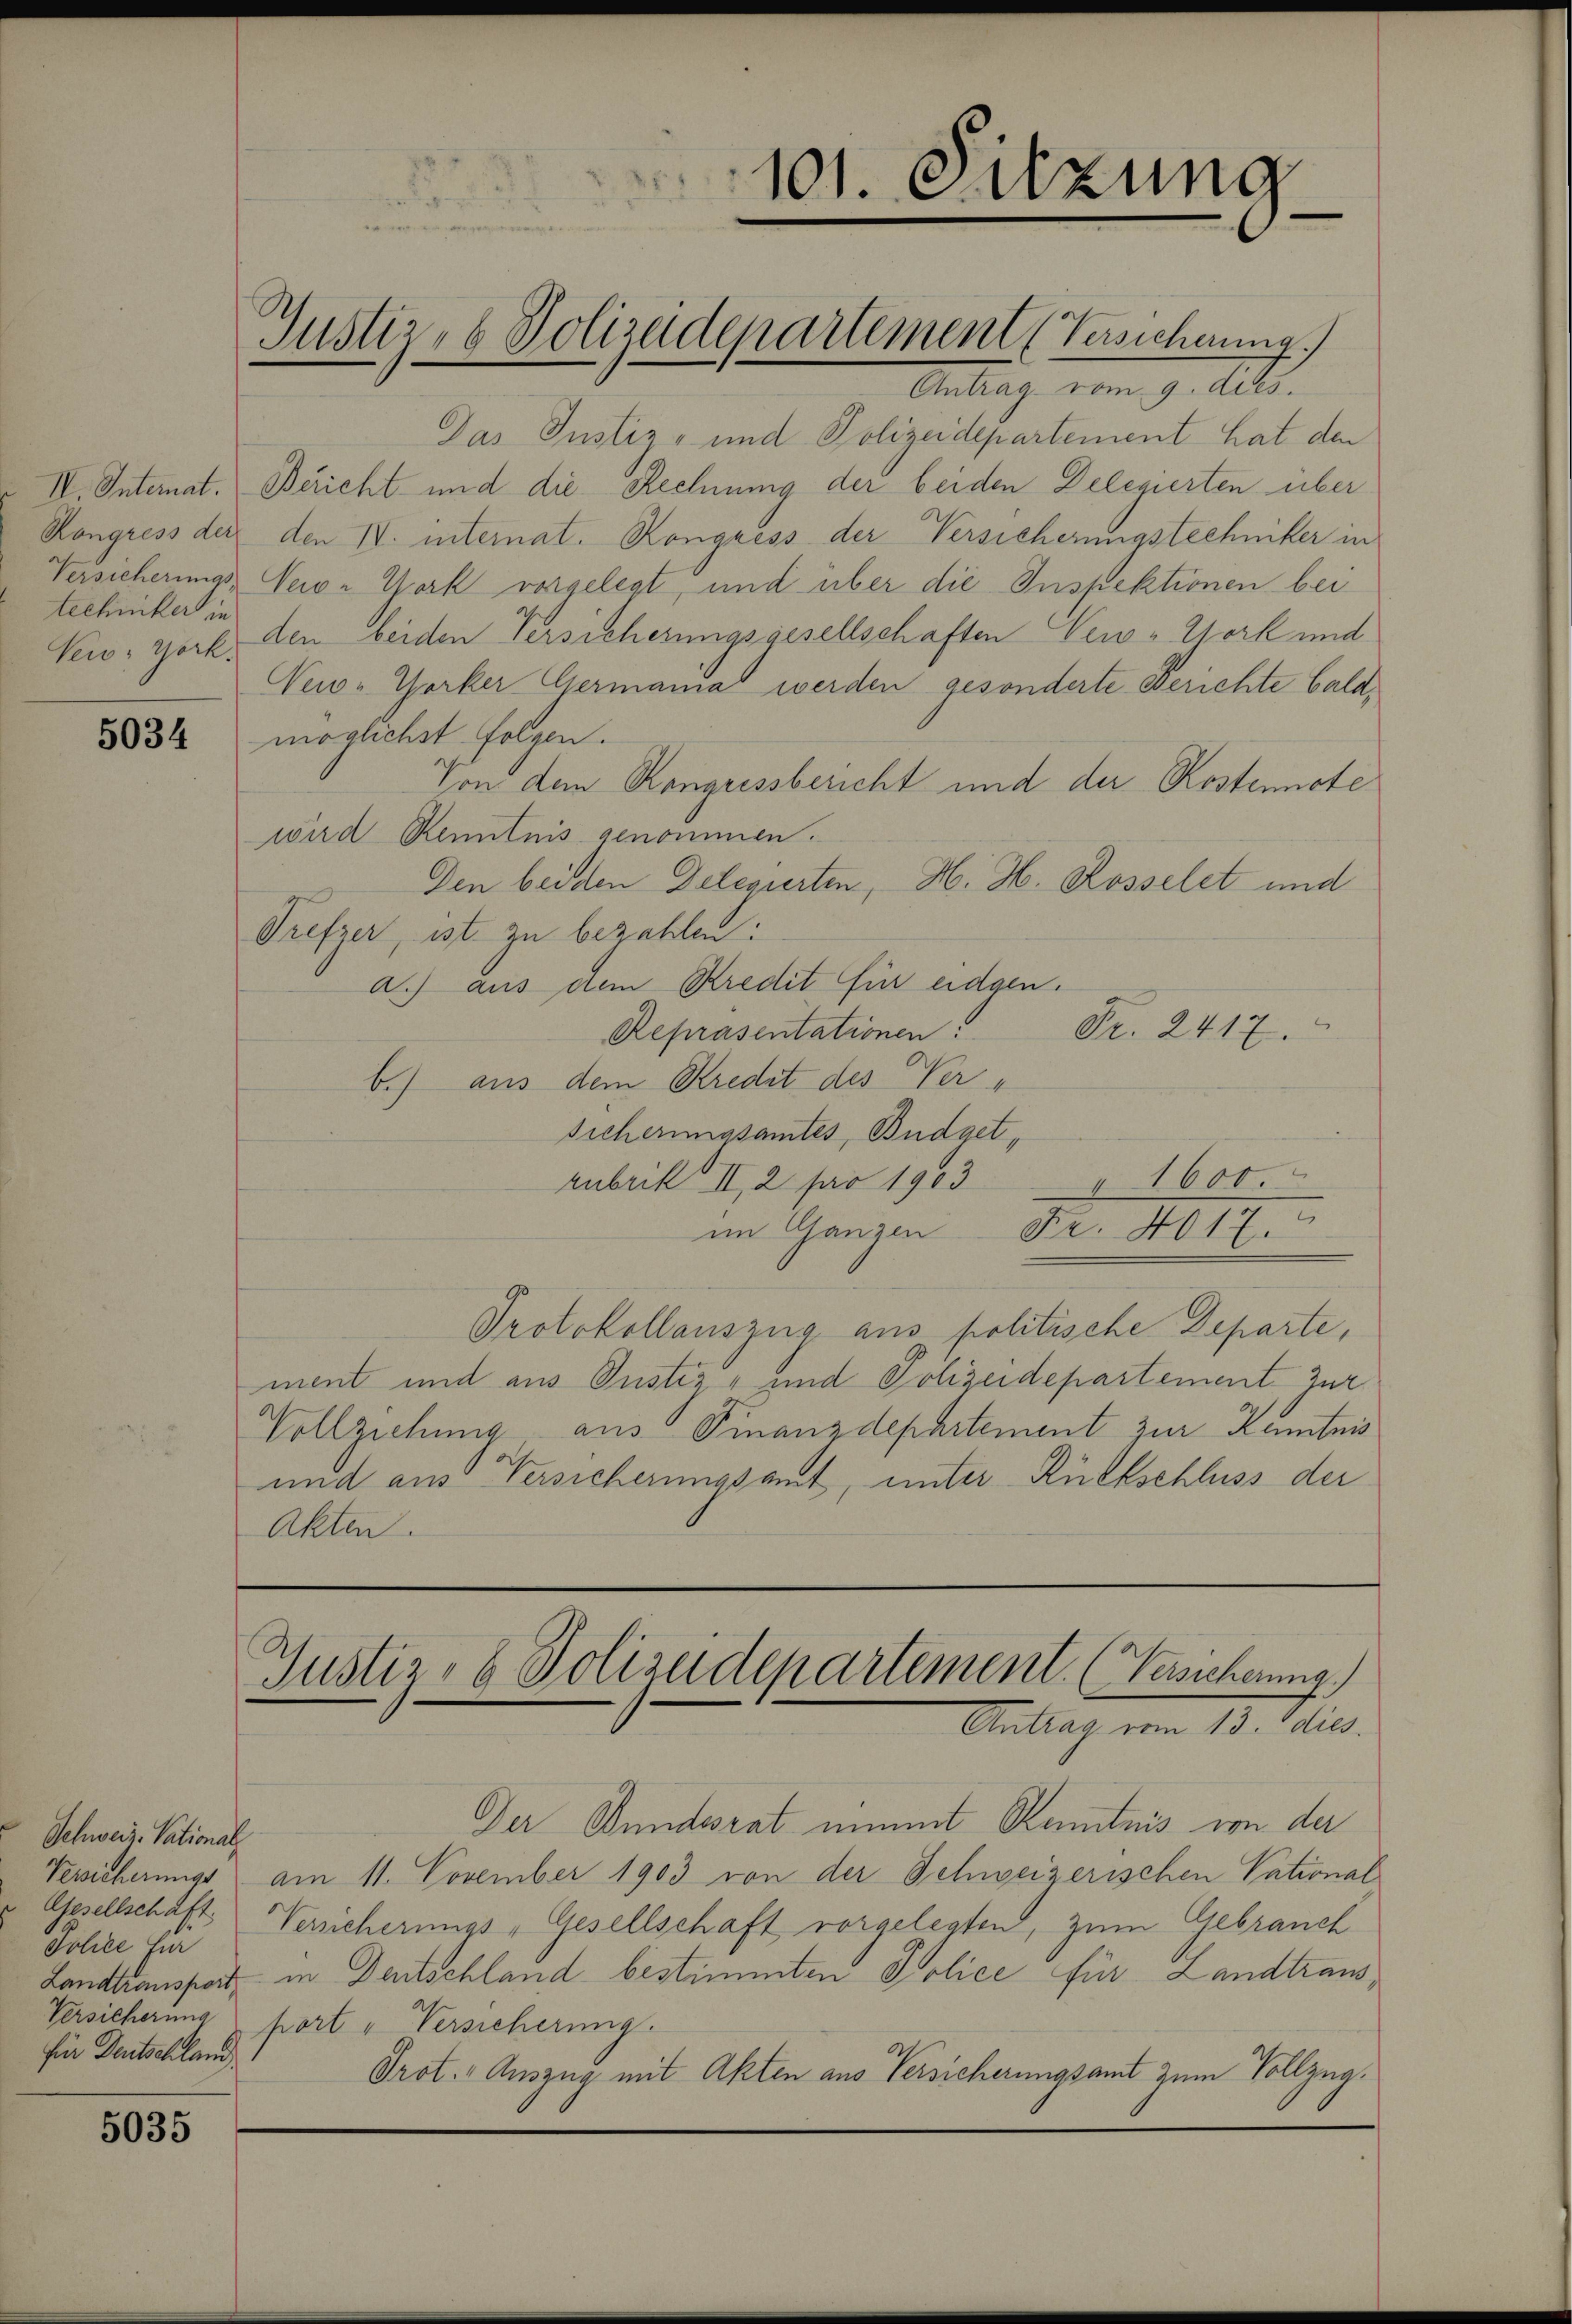
techniker in

5034

Schweiz. Pational
Police für
Versicherung
für Deutschland

5035

Antrag vom 9. Abs.
Das Justiz- und Polizeidepartement hat den
IV. Internat. Bericht und die Rechnung der beiden Delegierten über
Kongress der den IV. internat. Kongress der Versicherungstechniker in
Versicherungs eio- York vorgelegt, und über die Inspektionen bei
Veis, Gork, den beiden Versicherungsgesellschaften New-York und
Neio-Yorker Germanna werden gesonderte Berichte baldmöglichst folgen.
Von dem Rongussbericht und der Kostennote
wird Renntnis genommen.
Den beiden Delegierten, H. H. Rosselet und
Prefzer, ist zu bezahlen:
a.) aus dem Kredit für eidgen.
Fr. 2417.
Repräsentationen.
b.) aus dem Kredit des Ver-
sicherungsamtes, Budgetrubrik II, 2 pro 1903
1600.
im Ganzen Fr. 4017.
Protokollauszug aus politische Departe,
ment und aus Justiz- und Polizeidepartement zur
Vollziehung aus Finanzdepartement zur Kenntnis
und aus Versicherungsamt, unter Rückschluss der
Akten.

101. Sitzung

Justiz- & Polizeidepartement (Verschnung.)

Der Bundesrat nimmt Kenntnis von der
Versicherungs am 11. November 1903 von der Schweizerischen Vational
Gesellschaft Versicherungs-Gesellschaft vorgelegten, zum Gebrauch
Landtransport in Deutschland bestimmten Police für Landtraus,
port u Versicherung.
Prot. Auszug mit Akten aus Versicherungsamt zum Vollzug¬

Justiz- & Polizeidepartement. (Versicherung.)
Antrag vom 13. Adres.